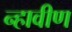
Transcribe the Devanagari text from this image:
न्हावीण